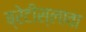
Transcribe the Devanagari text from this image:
ब्रेटीस्लावा